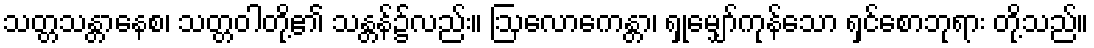
သတ္တသန္တာနေစ၊ သတ္တဝါတို့၏ သန္တန်၌လည်း။ ဩလောကေန္တာ၊ ရှုမျှော်ကုန်သော ရှင်စောဘုရား တို့သည်။